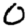
Digit: 0